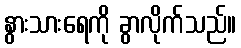
နွားသားရေကို ခွာလိုက်သည်။